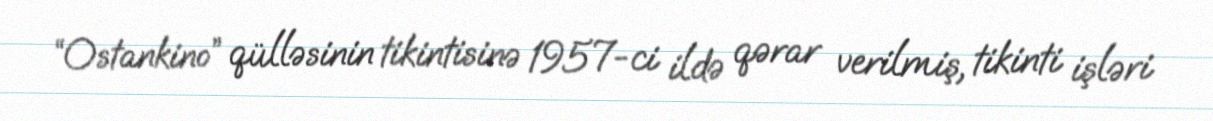
“Ostankino” qülləsinin tikintisinə 1957-ci ildə qərar verilmiş, tikinti işləri